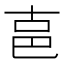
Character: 𰅶